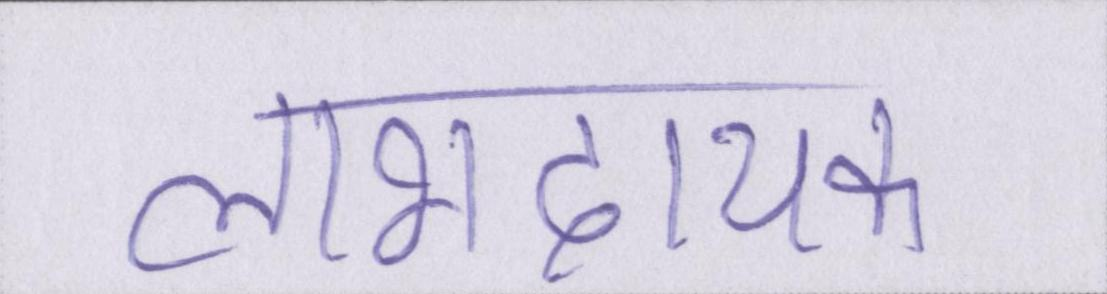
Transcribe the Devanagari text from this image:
लाभदायक